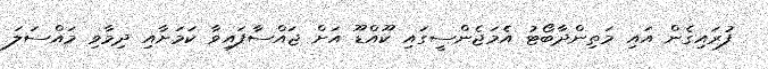
ފުރައިގެން އައި މަތިންދާބޯޓު އެމަޖެންސީގައި ކޫއްޑޫ އަށް ޖައްސާފައިވާ ކަމަށާއި ދިމާވި މައްސަލަ